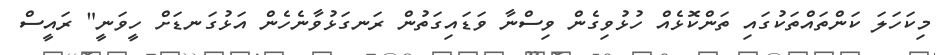
މިކަހަލަ ކަންތައްތަކުގައި ތަންކޮޅެއް ހުޅުވިގެން ވިސްނާ ވަޑައިގަތުން ރަނގަޅުވާނެހެން އަޅުގަނޑަށް ހީވަނީ" ރައީސް